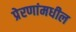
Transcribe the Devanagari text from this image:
प्रेरणांमधील